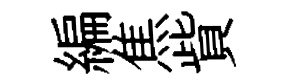
編焦貲